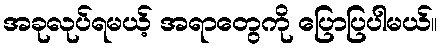
အခုလုပ်ရမယ့် အရာတွေကို ပြောပြပါမယ်။